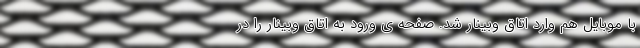
با موبایل هم وارد اتاق وبینار شد. صفحه ی ورود به اتاق وبینار را در